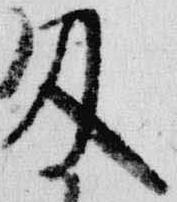
及